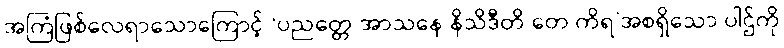
အကြံဖြစ်လေရာသောကြောင့် ‘ပညတ္တေ အာသနေ နိသိဒီတိ တေ ကိရ’အစရှိသော ပါဌ်ကို